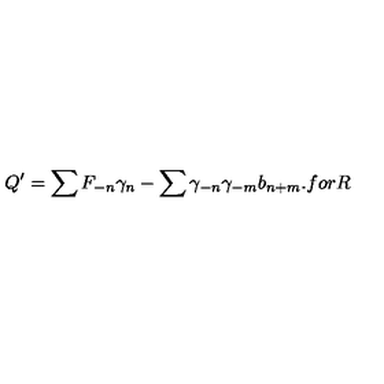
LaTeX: Q ^ { \prime } = \sum F _ { - n } \gamma _ { n } - \sum \gamma _ { - n } \gamma _ { - m } b _ { n + m } . f o r R